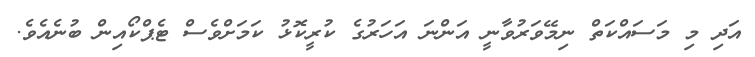
އަދި މި މަސައްކަތް ނިމޭވަރުވާނީ އަންނަ އަހަރުގެ ކުރީކޮޅު ކަމަށްވެސް ޓެޕްކޯއިން ބުނެއެވެ.